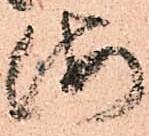
海